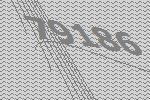
79186